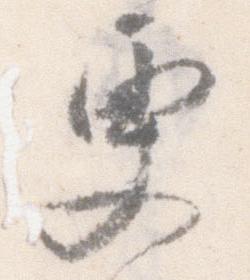
更